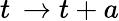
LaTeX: t\, \rightarrow t+a